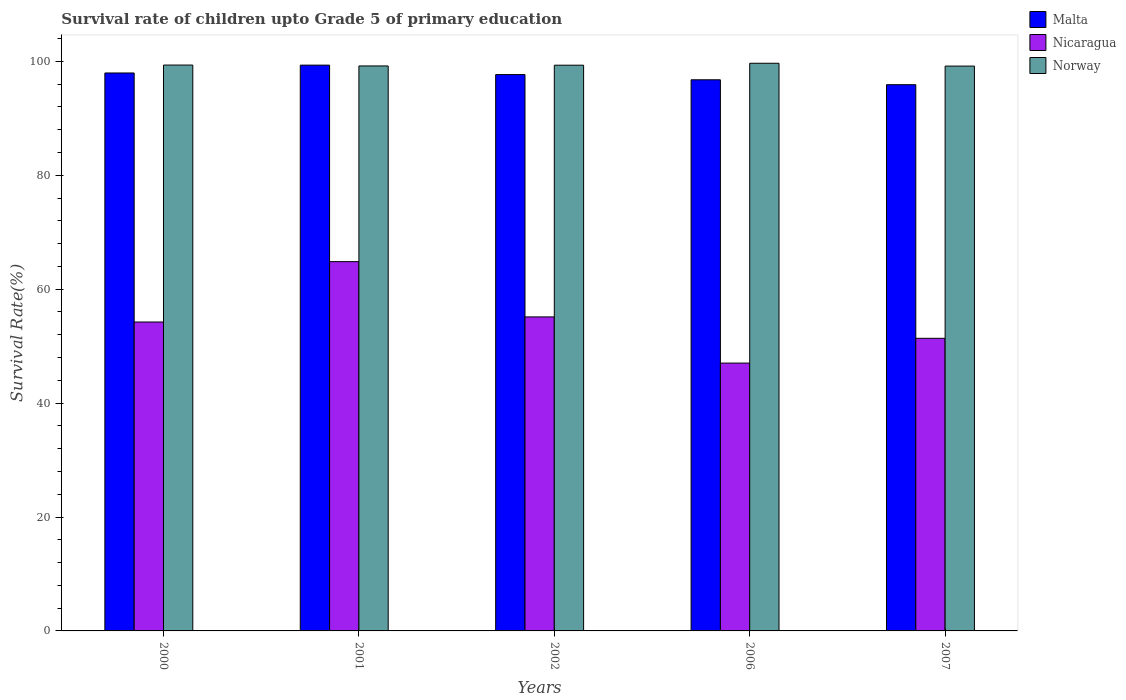
| Years | Malta | Nicaragua | Norway |
 | --- | --- | --- | --- |
 | 2000 | 98 | 54.2 | 99.3 |
 | 2001 | 99.3 | 64.8 | 99.2 |
 | 2002 | 97.7 | 55.1 | 99.3 |
 | 2006 | 96.8 | 47 | 99.7 |
 | 2007 | 95.9 | 51.4 | 99.2 |